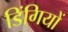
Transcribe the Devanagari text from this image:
डिंगियों